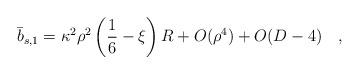
LaTeX: \begin{align*}\bar{b}_{s,1}=\kappa^2\rho^2\left(\frac 16-\xi\right) R+O(\rho^4)+O(D-4)~~~,\end{align*}